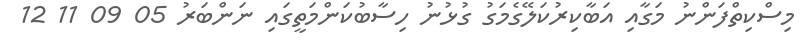
މިސްކިތްފަންނު މަގާއި އަބާކިރުކަލޭގެމަގު ގުޅުނު ހިސާބުކަންމަތީގައި ނަންބަރު 05 09 11 12